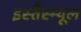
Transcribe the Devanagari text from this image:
इस्तैस्म्यूल